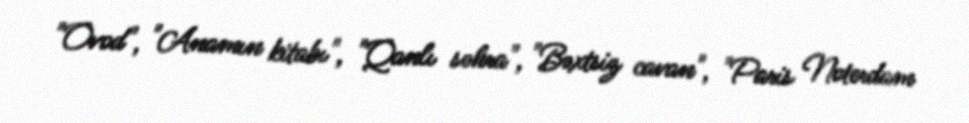
"Ovod", "Anamın kitabı", "Qanlı səhra", "Bəxtsiz cavan", "Paris Noterdam